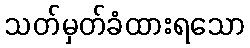
သတ်မှတ်ခံထားရသော